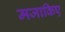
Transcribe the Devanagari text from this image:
मजाकिए